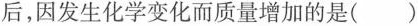
后，因发生化学变化而质量增加的是( )